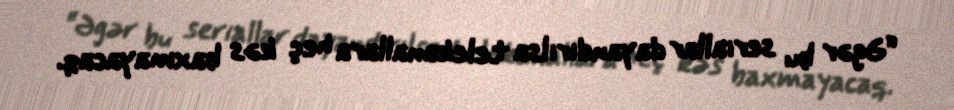
“Əgər bu seriallar dayandırılsa telekanallara heç kəs baxmayacaq.